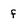
Character: f